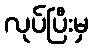
လုပ်ပြီးမှ